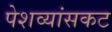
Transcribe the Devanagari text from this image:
पेशव्यांसकट